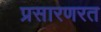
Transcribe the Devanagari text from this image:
प्रसारणरत